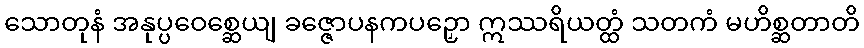
သောတုနံ အနုပ္ပဝေစ္ဆေယျ ခဇ္ဇောပနကပဉှော ဣဿရိယတ္ထံ သတကံ မဟိစ္ဆတာတိ